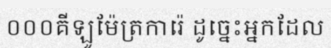
០០០គីឡូម៉ែត្រការ៉េ ដូច្នេះអ្នកដែល